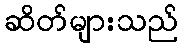
ဆိတ်များသည်